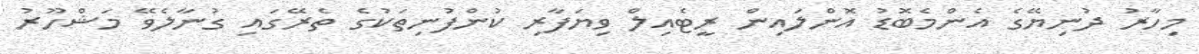
މިހާރު ދުނިޔޭގެ އެންމެބޮޑު އޮންލައިން ރީޓެއިލް ވިޔަފާރި ކުންފުނިތަކުގެ ތެރޭގައި ގުނާލެވޭ މަޝްހޫރު